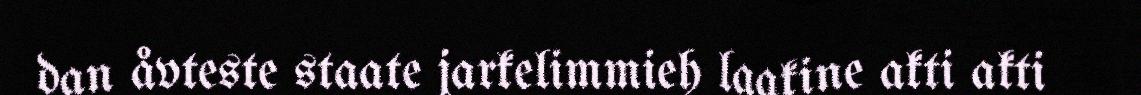
dan åvteste staate jarkelimmieh laakine akti akti